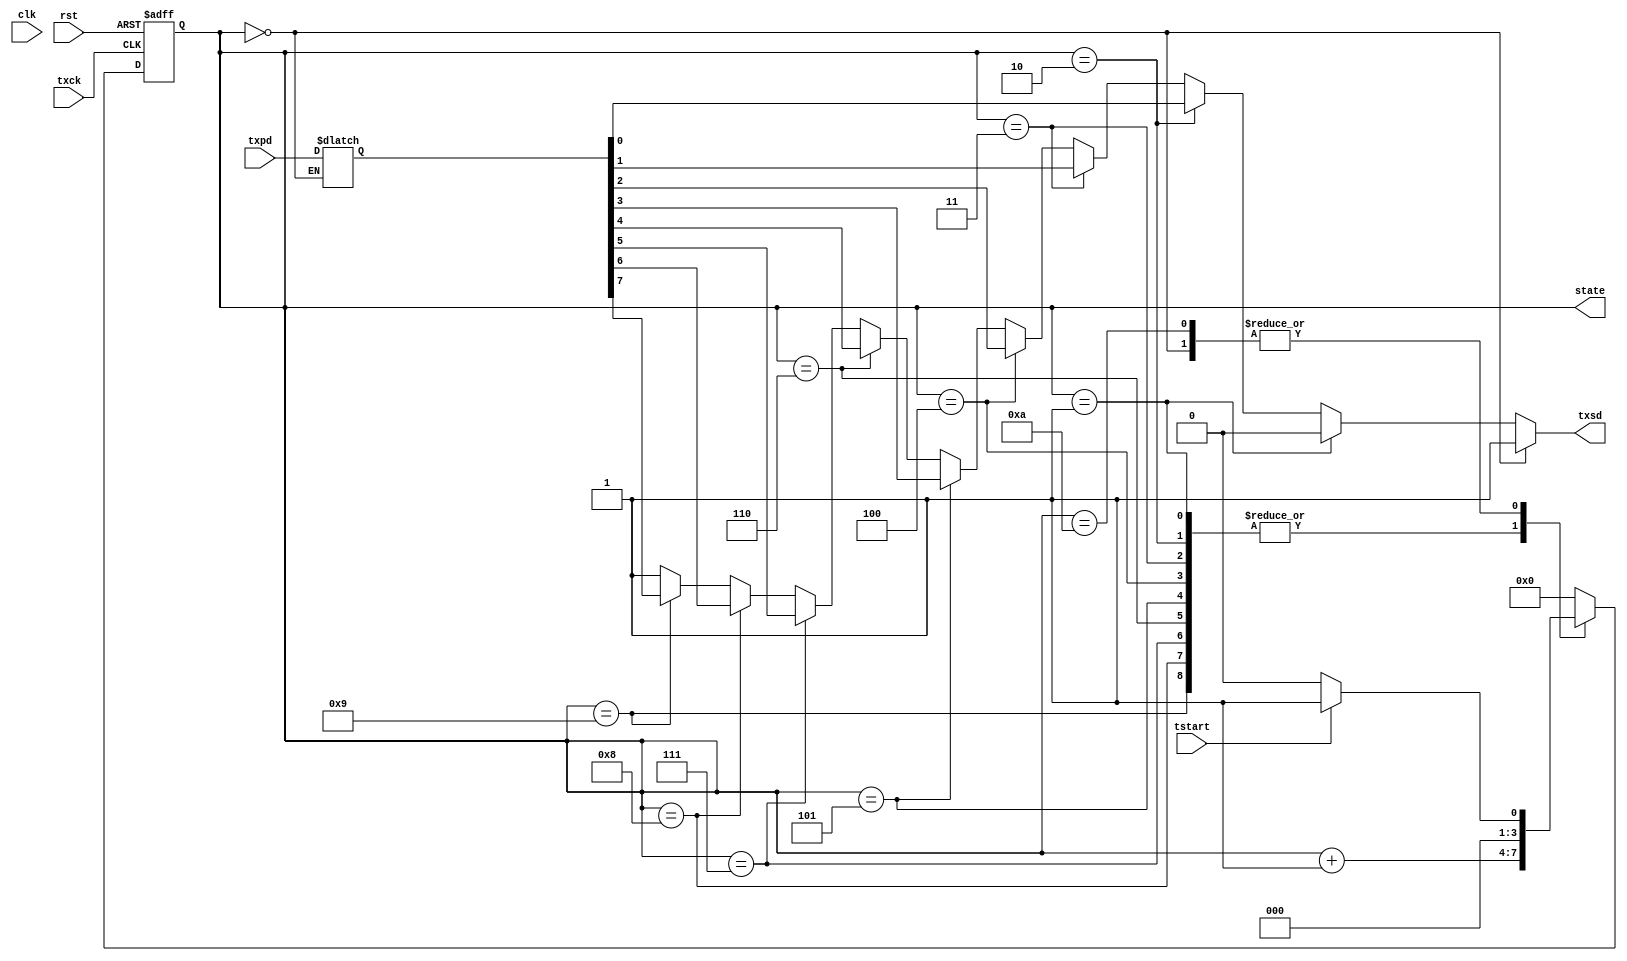
`timescale 1ns / 1ps
//////////////////////////////////////////////////////////////////////////////////
// Company: 
// Engineer: 
// 
// Design Name: 
// Module Name: uart_tx
// Project Name: 
// Target Devices: 
// Tool Versions: 
// Description: 
// 
// Dependencies: 
// 
// Revision:
// Revision 0.01 - File Created
// Additional Comments:
// 
//////////////////////////////////////////////////////////////////////////////////


module uart_tx( 
input [7:0] txpd, 
input tstart, txck, clk, rst,
output txsd, output reg [3:0] state
    );
    
    reg [3:0] next;
    reg [7:0] buffer;
      
    always@(*)begin
    case(state)
    4'd0: begin next <= (tstart)? 4'd1: 4'd0; buffer <=txpd; end
    4'd1: next <= state+4'd1; //stater
    4'd2: next <= state+4'd1; //D1
    4'd3: next <= state+4'd1;
    4'd4: next <= state+4'd1;
    4'd5: next <= state+4'd1;
    4'd6: next <= state+4'd1;
    4'd7: next <= state+4'd1;
    4'd8: next <= state+4'd1;
    4'd9: next<= state+4'd1;
    4'd10: next <= (tstart)? 4'd1: 4'd0; //Stop
    default : next<=4'd0;
    endcase
    end
    
    always@(posedge txck, posedge rst)begin
    if(rst) state <= 4'd0;
    else  state <= next;
    end
    
    assign txsd = (state ==4'd0)? 1: 
                    (state ==4'd1)? 0:  
                    (state ==4'd2)?buffer[0]:
                    (state ==4'd3)?buffer[1]:
                    (state ==4'd4)?buffer[2]:
                    (state ==4'd5)?buffer[3]:
                    (state ==4'd6)?buffer[4]:
                    (state ==4'd7)?buffer[5]:
                    (state ==4'd8)?buffer[6]:
                    (state ==4'd9)?buffer[7]:
                    (state ==4'd10)?1:1;
endmodule